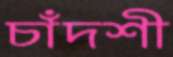
চাঁদশী